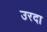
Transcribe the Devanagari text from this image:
उरदा